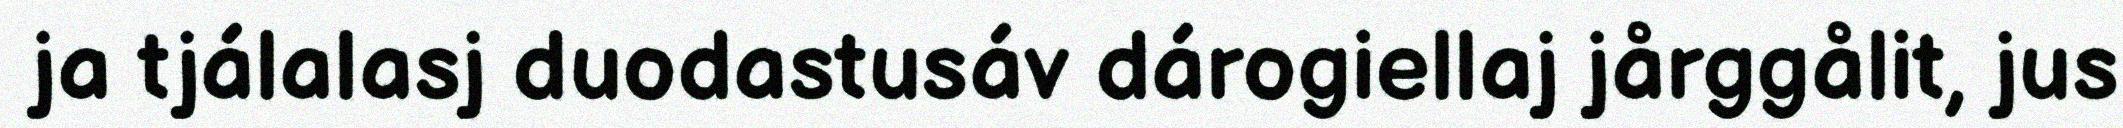
ja tjálalasj duodastusáv dárogiellaj jårggålit, jus